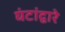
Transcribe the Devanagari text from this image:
घंटांद्वारे